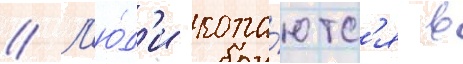
// Л'ю́д'и копа́ютс'я в